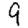
Digit: 9